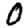
Digit: 0